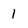
Character: l